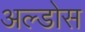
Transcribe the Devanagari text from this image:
अल्डोस